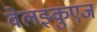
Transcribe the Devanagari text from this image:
वेलझ्कुएज